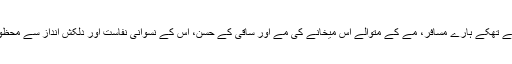
لمبی مسافتوں کے تھکے ہارے مسافر، مے کے متوالے اس میخانے کی مے اور ساقی کے حسن، اس کے نسوانی نفاست اور دلکش انداز سے محظوظ ہوتے رہتے۔